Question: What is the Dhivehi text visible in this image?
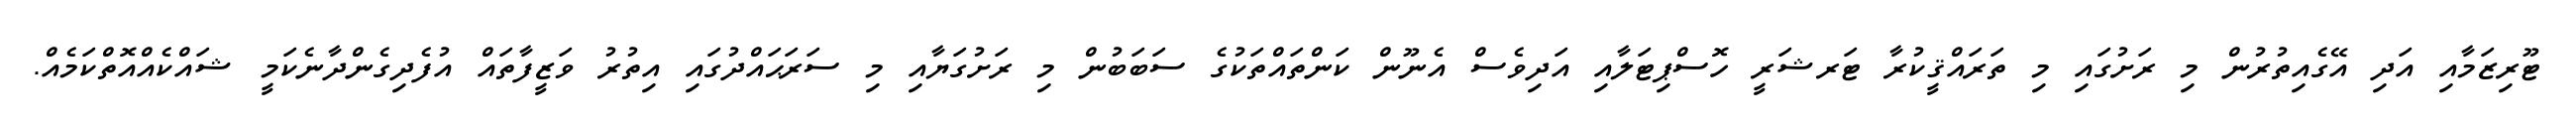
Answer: ޓޫރިޒަމާއި އަދި އޭގެއިތުރުން މި ރަށުގައި މި ތަރައްޤީކުރާ ޓަރޝަރީ ހޮސްޕިޓަލާއި އަދިވެސް އެނޫން ކަންތައްތަކުގެ ސަބަބުން މި ރަށުގަޔާއި މި ސަރަޙައްދުގައި އިތުރު ވަޒީފާތައް އުފެދިގެންދާނެކަމީ ޝައްކެއްއޮތްކަމެއް.